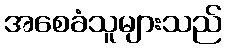
အစေခံသူများသည်